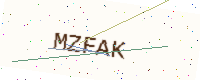
Text: MZFAK